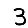
Digit: 3